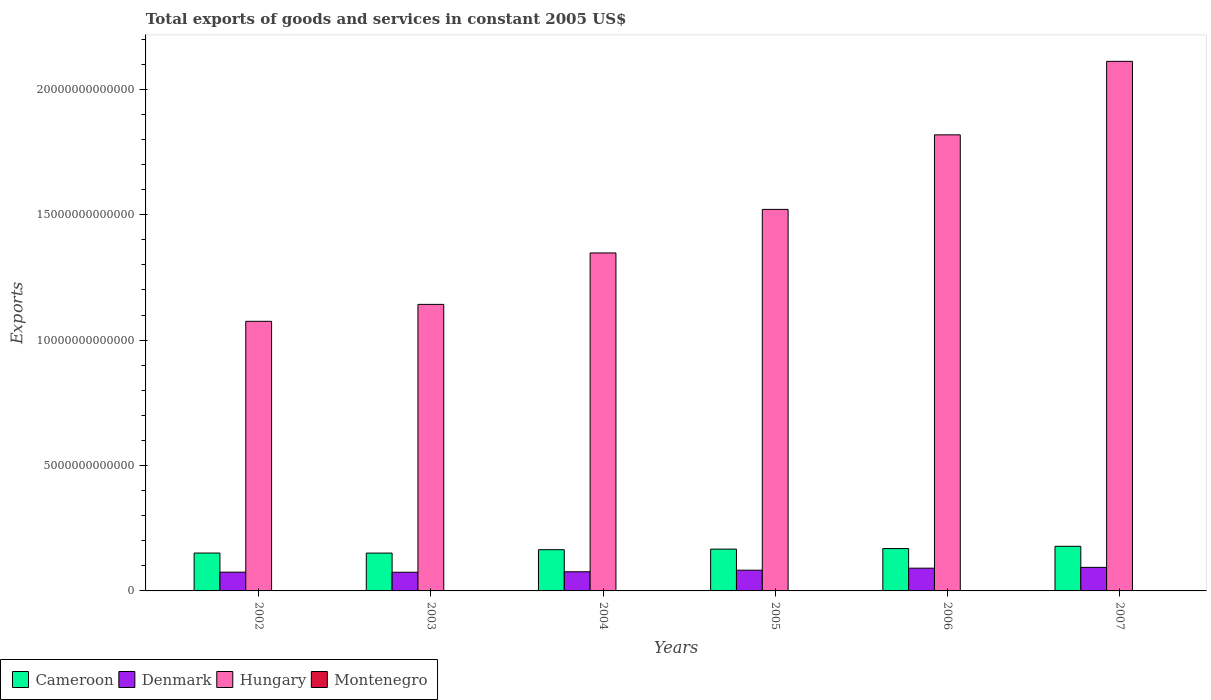
| Years | Cameroon | Denmark | Hungary | Montenegro |
 | --- | --- | --- | --- | --- |
 | 2002 | 1.51e+12 | 7.48e+11 | 1.08e+13 | 5.32e+08 |
 | 2003 | 1.51e+12 | 7.44e+11 | 1.14e+13 | 4.53e+08 |
 | 2004 | 1.64e+12 | 7.64e+11 | 1.35e+13 | 6.65e+08 |
 | 2005 | 1.67e+12 | 8.26e+11 | 1.52e+13 | 7.45e+08 |
 | 2006 | 1.69e+12 | 9.07e+11 | 1.82e+13 | 9.46e+08 |
 | 2007 | 1.78e+12 | 9.39e+11 | 2.11e+13 | 9.66e+08 |